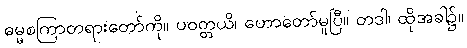
ဓမ္မစကြာတရားတော်ကို။ ပဝတ္တယိ၊ ဟောတော်မူပြီ။ တဒါ၊ ထိုအခါ၌။